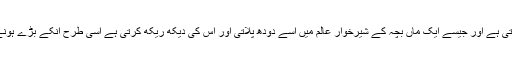
جیسے ایک ماں حمل کے دوران اپنے بچہ کو لئے پھرتی ہے اور جیسے ایک ماں بچہ کے شیرخوار عالم میں اسے دودھ پلاتی اور اس کی دیکھ ریکھ کرتی ہے اسی طرح انکے بڑے ہونے پر بھی انکی زندگیوں میں ایک اہم کردار نبھاتی ہے۔